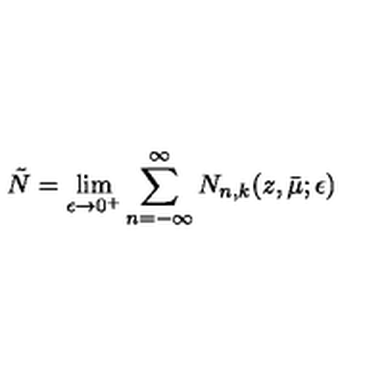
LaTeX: \tilde { N } = \lim _ { \epsilon \rightarrow 0 ^ { + } } \sum _ { n = - \infty } ^ { \infty } N _ { n , k } ( z , \bar { \mu } ; \epsilon )